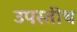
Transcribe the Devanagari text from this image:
उपस्तीथ